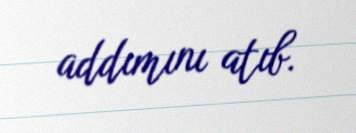
addımını atıb.